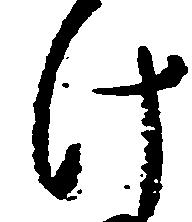
け